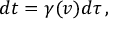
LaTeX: d t = \gamma ( v ) d \tau \, ,